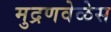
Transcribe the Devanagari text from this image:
मुद्रणवेळेस